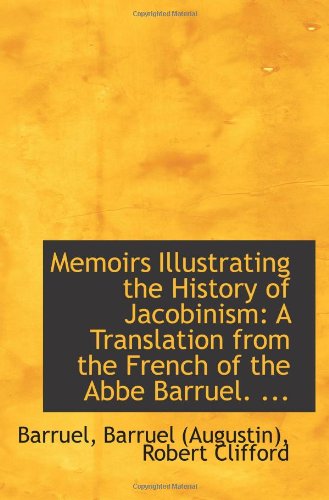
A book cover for Memoirs Illustrating the History of Jacobinism: A Translation from the French of the Abbe Barruel. .; Robert Clifford, Barruel, Barruel (Augustin); History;